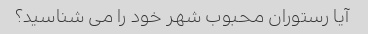
آیا رستوران محبوب شهر خود را می شناسید؟